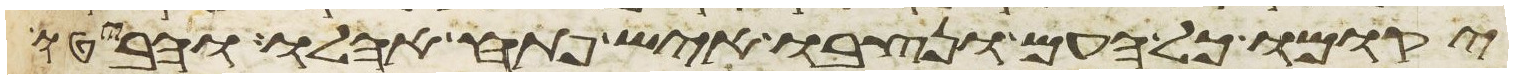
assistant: יקומו כל העם ונצבו איש פתח אהלו והביטו